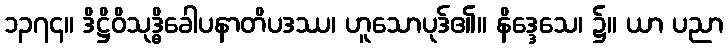
၁၃၇၄။ ဒိဋ္ဌိဝိသုဒ္ဓိခေါပနာတိပဒဿ၊ ဟူသောပုဒ်၏။ နိဒ္ဒေသေ၊ ၌။ ယာ ပညာ